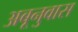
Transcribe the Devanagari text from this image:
अबूनुवास